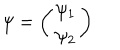
\psi = \left( \begin{array} { c } { { \psi _ { 1 } } } \\ { { \psi _ { 2 } } } \\ \end{array} \right)